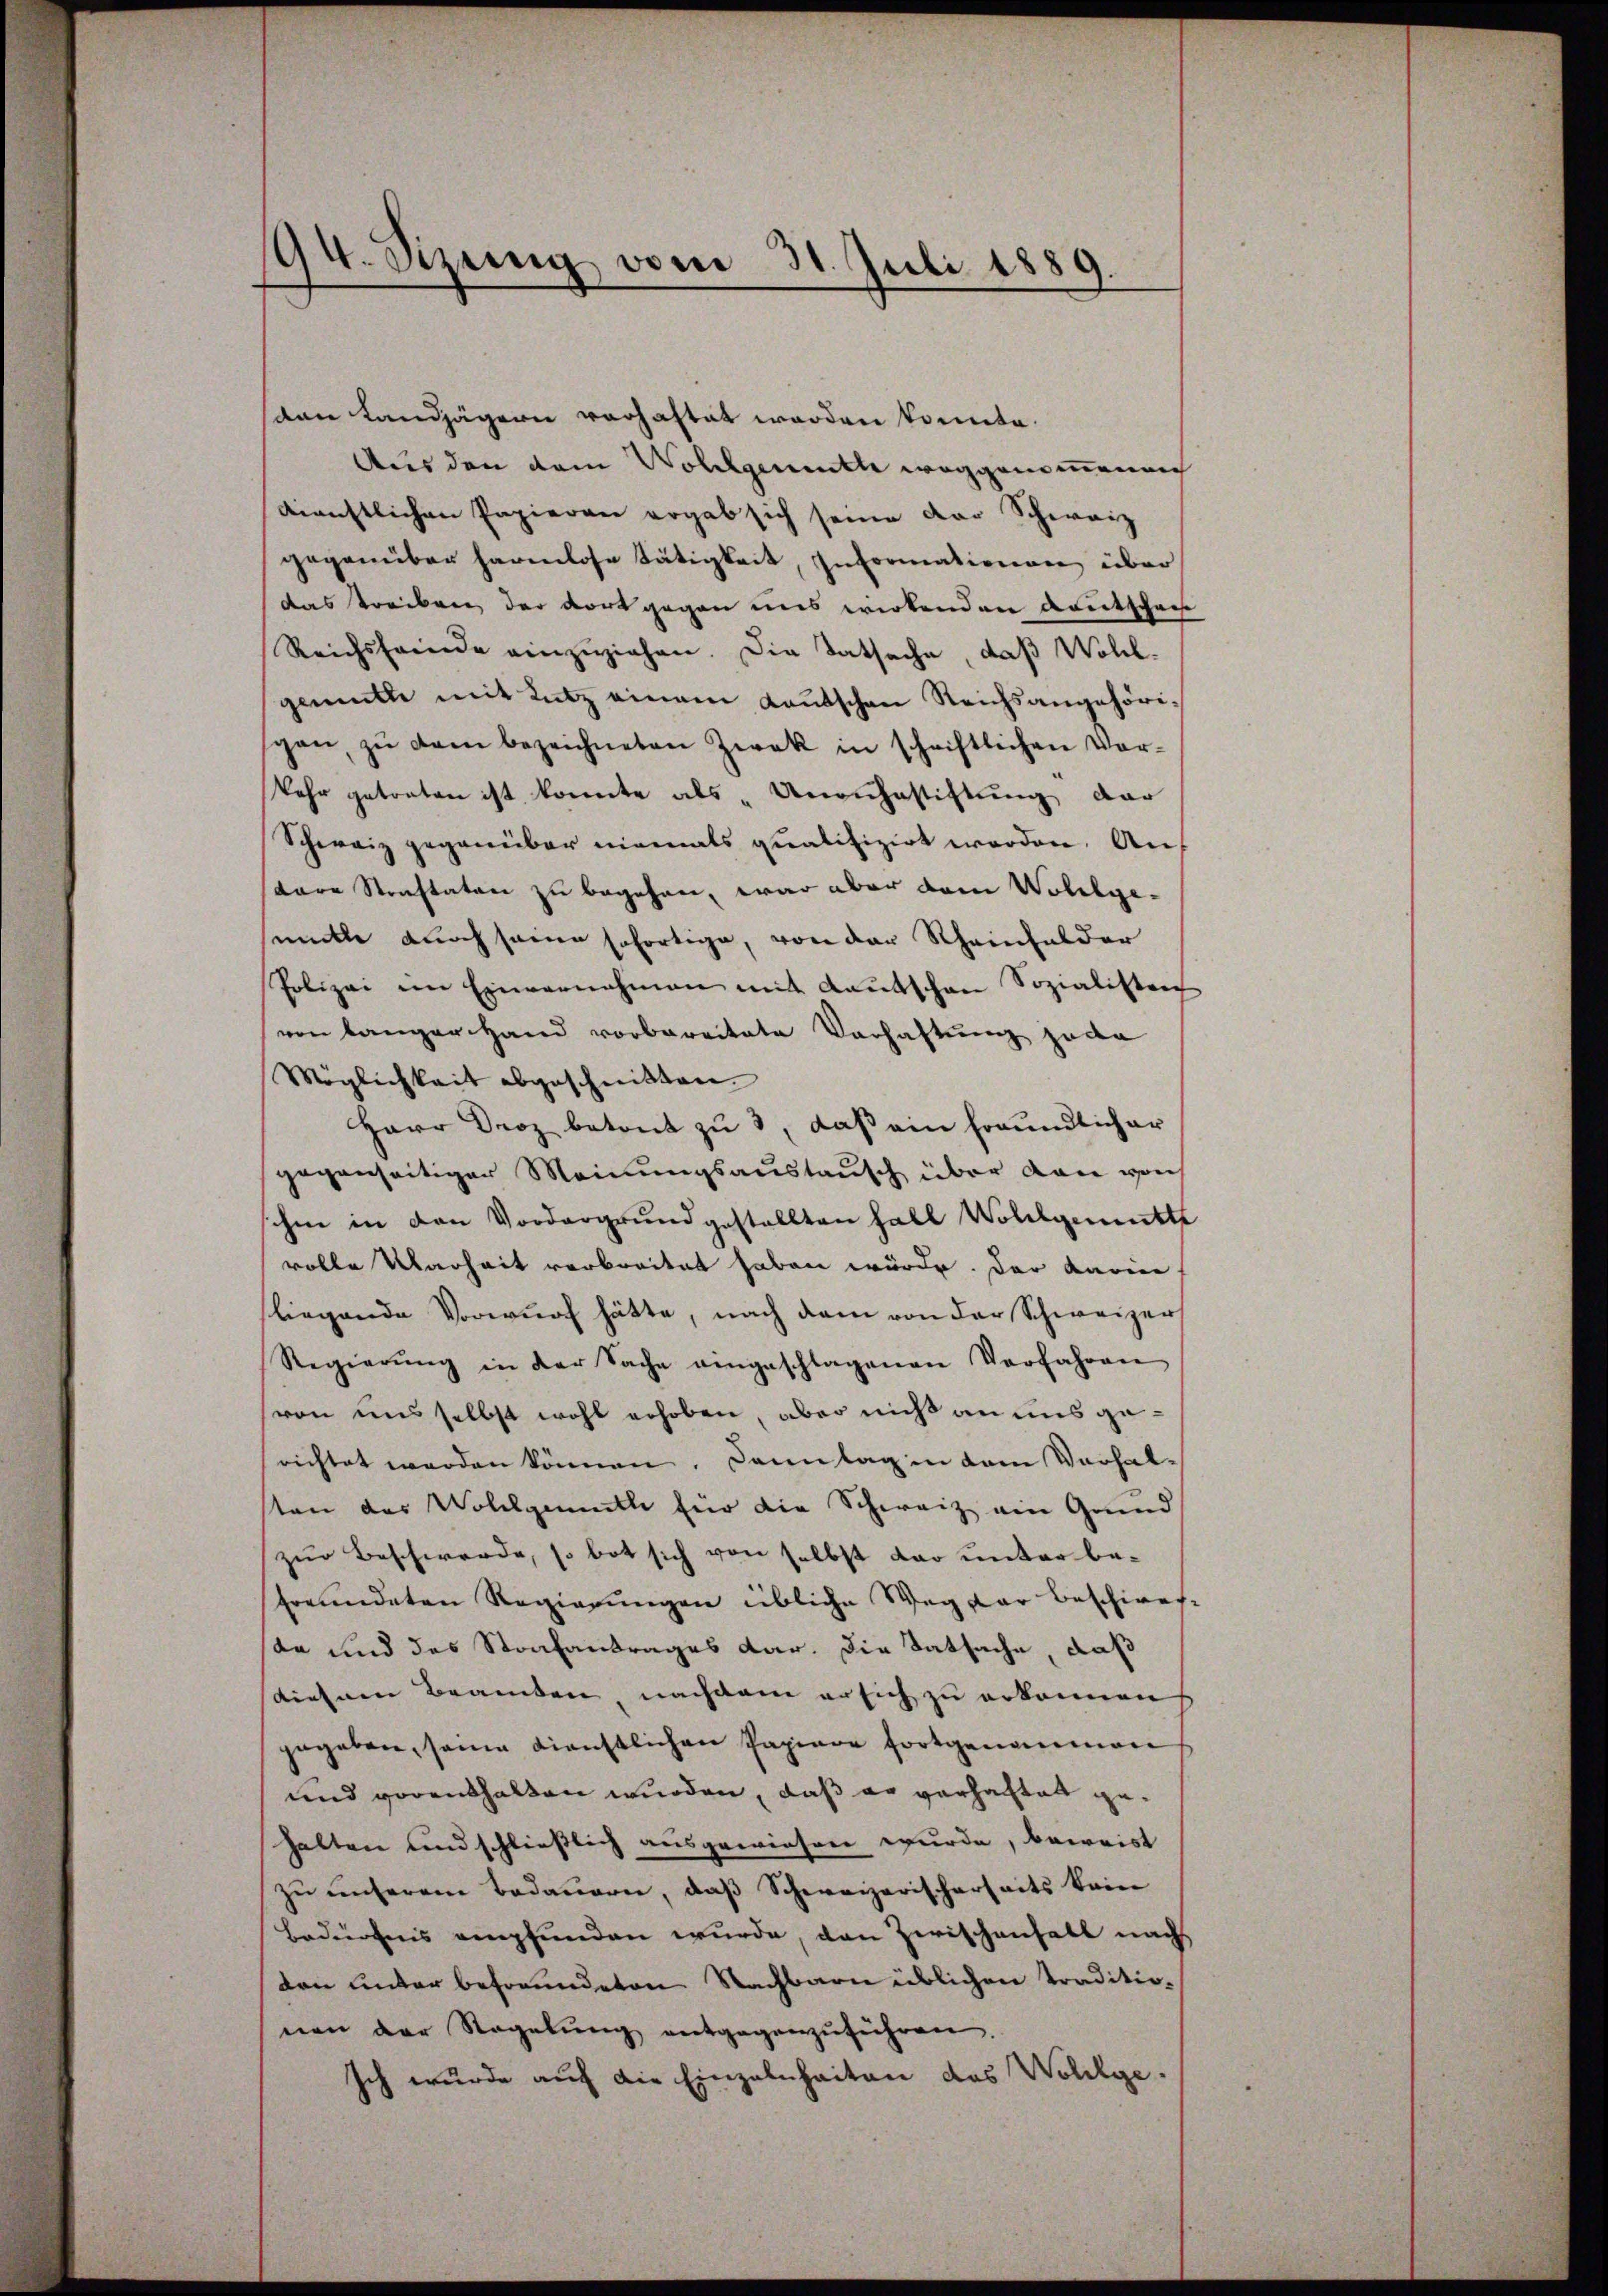
194. Sitzung vom 31. Juli 1889.

van Landjägern verhaftet worden konnte.
Aus den dem Vollgemente weggenommenen
dienstlichen Papieren ergab sich seine der Schweiz
gegenüber harmlose Tätigkeit, Informationen über
das treiben der dort gegen uns wirkenden Amtschen
Reichsfeinde einzŭziehen. Die Tatsache, daß Wohl-
gemütte mit Lutz einem Kautschen Reichsangehörigen, zŭ dem bezeichneten Zwek in schriftlichen Vor-
kehr getreten ist konnte als „Unauhestiftung dar
Schweiz gegenüber niemals qualifizirt werden. An
tare Strastaten zu begehen, war aber dem Wollge-
mütte durch seine sofortige, von der Rheinfelder
Polizei im Einvernehmen mit Kautschen Sozialisten
von länger Hand vorbereitete Verhaftung jede
Möglichkeit abgeschnitten
Herr Droz betont zu 3, daß ein freundlicher
gegenseitiger Meinungsaustausch über dan von
schen in den Vordergrund gestellten Fall Wollgemutte
volle Warheit verbreitet haben würde. Der Kariie
liegende Vorwurf hätte, nach dem von der Schweizer
Regierŭng in der Sache angeschlagenen Verfahren
(von uns selbst wohl erhoben, aber nicht an uns gerichtet werden können. Sonntag in dem Vorhalsten der Wollgemuthe für die Schweiz ein Grund
zur Beschwerde, so bot sich von selbst dar unter befreundeten Regierungen übliche Weg der beschirer
da und das Strafantrages dar. Die Tatsache, daß
diesenen Beamten nachdem er sich zu erkennen
gegeben, seine dienstlichen Papiere fortgenommen
und vorenthalten wurden, daß er verhaftet gehalten und schließlich ausgewiesen wurde, beweist
zu unserem Bedauern, daß Schweizerischerseits keine
Bedürfnis empfunden wurde, den Zwischenfall nach
don unter befreundeten Nachbarn üblichen Traditionen der Regelŭng entgegenzŭführen.
Ich wurde auf die Einzelnheiten das Wollge-